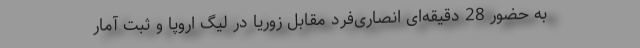
به حضور 28 دقیقه‌ای انصاری‌فرد مقابل زوریا در لیگ اروپا و ثبت آمار